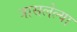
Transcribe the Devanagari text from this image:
त्रासलेल्या